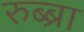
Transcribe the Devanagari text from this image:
रुब्ब्रा